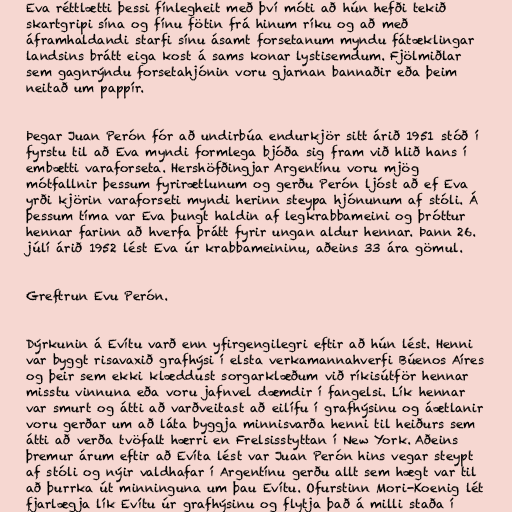
Eva réttlætti þessi fínlegheit með því móti að hún hefði tekið
skartgripi sína og fínu fötin frá hinum ríku og að með
áframhaldandi starfi sínu ásamt forsetanum myndu fátæklingar
landsins brátt eiga kost á sams konar lystisemdum. Fjölmiðlar
sem gagnrýndu forsetahjónin voru gjarnan bannaðir eða þeim
neitað um pappír.

Þegar Juan Perón fór að undirbúa endurkjör sitt árið 1951 stóð í
fyrstu til að Eva myndi formlega bjóða sig fram við hlið hans í
embætti varaforseta. Hershöfðingjar Argentínu voru mjög
mótfallnir þessum fyrirætlunum og gerðu Perón ljóst að ef Eva
yrði kjörin varaforseti myndi herinn steypa hjónunum af stóli. Á
þessum tíma var Eva þungt haldin af legkrabbameini og þróttur
hennar farinn að hverfa þrátt fyrir ungan aldur hennar. Þann 26.
júlí árið 1952 lést Eva úr krabbameininu, aðeins 33 ára gömul.

Greftrun Evu Perón.

Dýrkunin á Evítu varð enn yfirgengilegri eftir að hún lést. Henni
var byggt risavaxið grafhýsi í elsta verkamannahverfi Búenos Aíres
og þeir sem ekki klæddust sorgarklæðum við ríkisútför hennar
misstu vinnuna eða voru jafnvel dæmdir í fangelsi. Lík hennar
var smurt og átti að varðveitast að eilífu í grafhýsinu og áætlanir
voru gerðar um að láta byggja minnisvarða henni til heiðurs sem
átti að verða tvöfalt hærri en Frelsisstyttan í New York. Aðeins
þremur árum eftir að Evíta lést var Juan Perón hins vegar steypt
af stóli og nýir valdhafar í Argentínu gerðu allt sem hægt var til
að þurrka út minninguna um þau Evítu. Ofurstinn Mori-Koenig lét
fjarlægja lík Evítu úr grafhýsinu og flytja það á milli staða í